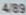
4/89